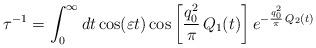
LaTeX: \begin{align*}\tau^{-1} = \int_0^\infty d t\cos(\varepsilon t) \cos\left[\frac{q_0^2}{\pi}\, Q_1(t)\right]e^{-\frac{q_0^2}{\pi}\, Q_2(t)}\end{align*}